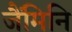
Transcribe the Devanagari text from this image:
जैंमिनि